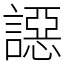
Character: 䜑